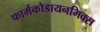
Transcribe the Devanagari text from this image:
फार्मकोडायनमिक्स